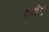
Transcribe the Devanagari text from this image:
भणंग